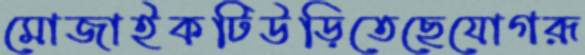
মোজাইকটিউড়িতেছেযোগরূ